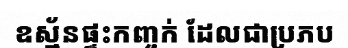
ឧស្ម័នផ្ទះកញ្ចក់ ដែលជាប្រភប